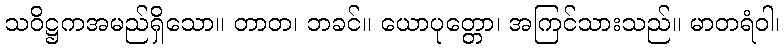
သဝိဋ္ဌကအမည်ရှိသော။ တာတ၊ ဘခင်။ ယောပုတ္တော၊ အကြင်သားသည်။ မာတရံဝါ၊